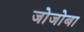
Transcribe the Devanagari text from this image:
जोजोबा